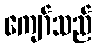
ကျော်သည်